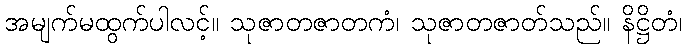
အမျက်မထွက်ပါလင့်။ သုဇာတဇာတကံ၊ သုဇာတဇာတ်သည်။ နိဋ္ဌိတံ၊